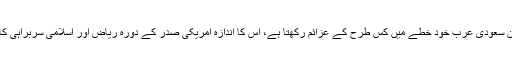
ایران کے عزائم پر شہزادہ محمد بن سلمان کا دعویٰ ایک طرف لیکن سعودی عرب خود خطے میں کس طرح کے عزائم رکھتا ہے، اِس کا اندازہ امریکی صدر کے دورہ ریاض اور اسلامی سربراہی کانفرنس میں شرکت کے موقع پر ہونے والے معاہدوں سے ہوتا ہے۔